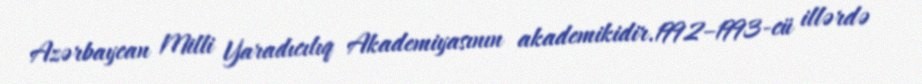
Azərbaycan Milli Yaradıcılıq Akademiyasının akademikidir.1992–1993-cü illərdə